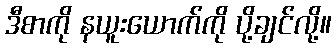
ဒီစာကို နယူးယောက်ကို ပို့ချင်လို့။